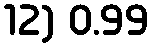
12) 0.99